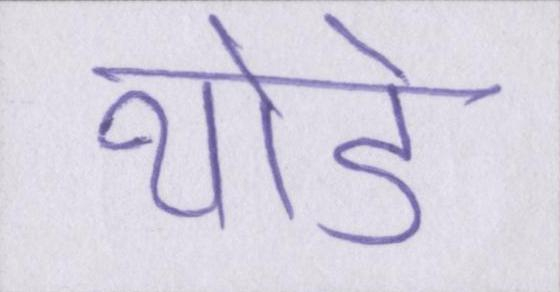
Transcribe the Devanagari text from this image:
थोडे